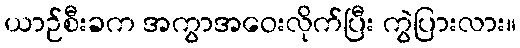
ယာဉ်စီးခက အကွာအဝေးလိုက်ပြီး ကွဲပြားလား။